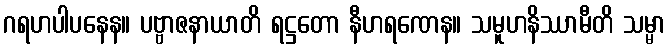
ဂရဟပါပနေန။ ပဗ္ဗာဇနာယာတိ ရဋ္ဌတော နီဟရဏေန။ သမူဟနိဿာမီတိ သမ္မာ